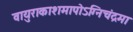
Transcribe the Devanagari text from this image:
वायुराकाशमापोऽग्‍निचंद्रमा